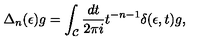
\Delta _ { n } ( \epsilon ) g = \int _ { \cal C } { \frac { d t } { 2 \pi i } } t ^ { - n - 1 } \delta ( \epsilon , t ) g ,